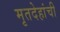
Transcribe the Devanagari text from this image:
मृतदेहांची